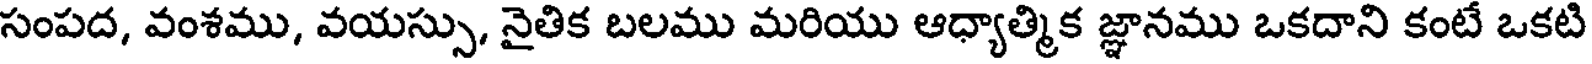
సంపద, వంశము, వయస్సు, నైతిక బలము మరియు ఆధ్యాత్మిక జ్ఞానము ఒకదాని కంటే ఒకటి